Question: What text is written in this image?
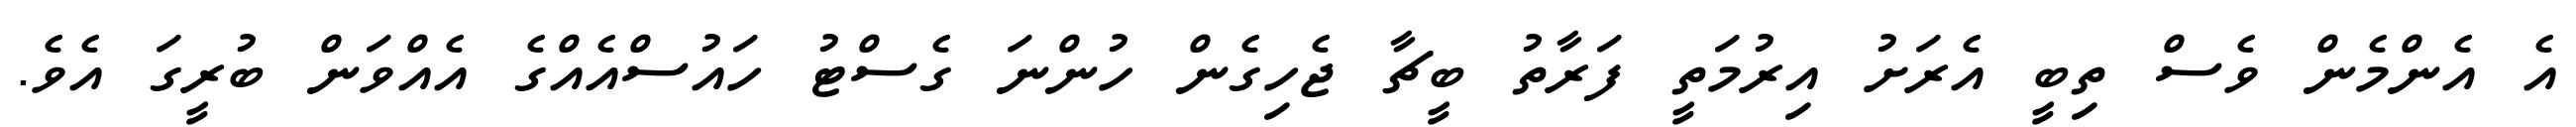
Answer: އެ އެންމެން ވެސް ތިބީ އެރަށު އިރުމަތީ ފަރާތު ބީޗާ ޖެހިގެން ހުންނަ ގެސްޓު ހައުސްއެއްގެ އެއްވަން ބުރީގަ އެވެ.